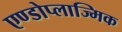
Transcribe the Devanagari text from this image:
एण्डोप्लाज्मिक